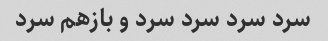
سرد سرد سرد سرد و بازهم سرد